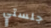
جلستي